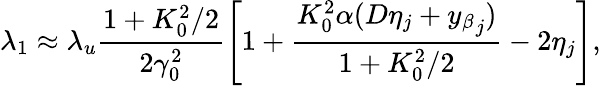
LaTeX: \lambda_{1}\approx\lambda_{u}\frac{1+K_{0}^{2}/2}{2\gamma_{0}^{2}}\left[1+\frac{K_{0}^{2}\alpha(D\eta_{j}+{y_{\beta}}_{j})}{1+K_{0}^{2}/2}-2\eta_{j}\right],